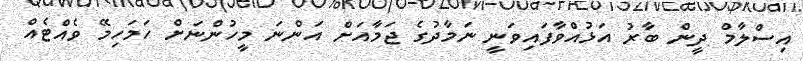
އިސްލާމް ދީން ބާރު އަޅުއްވާފައިވަނީ ނަމާދުގެ ޖަމާއަށް އަންނަ މީހުންނަށް ހަމަހިމޭ ވެއްޓެއް